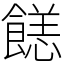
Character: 䭐